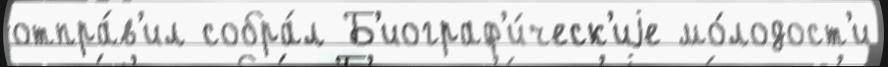
отпра́в'ил собра́л Б'иограф'и́ческ'иjе мо́лодост'и